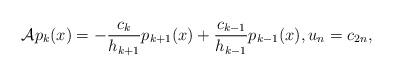
LaTeX: \begin{align*}\mathcal{A}p_k(x)=-\frac{c_k}{h_{k+1}}p_{k+1}(x)+\frac{c_{k-1}}{h_{k-1}}p_{k-1}(x),u_{n}=c_{2n},\end{align*}